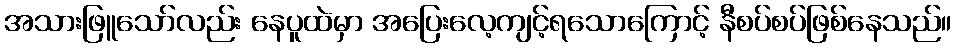
အသားဖြူသော်လည်း နေပူထဲမှာ အပြေးလေ့ကျင့်ရသောကြောင့် နီစပ်စပ်ဖြစ်နေသည်။